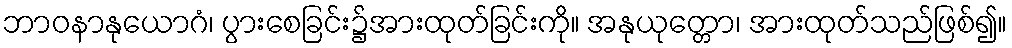
ဘာဝနာနုယောဂံ၊ ပွားစေခြင်း၌အားထုတ်ခြင်းကို။ အနုယုတ္တော၊ အားထုတ်သည်ဖြစ်၍။